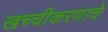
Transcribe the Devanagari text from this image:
खच्चीकरणाचे